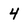
Character: 4